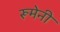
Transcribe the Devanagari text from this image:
रूमेनी